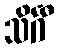
သိင်္ဂီ